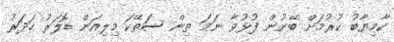
ކާމިޔާބު ކުރުމަށް ބޭނުން ފުޅުވާ ނަމަ ތިން ސަތޭކަ މިލިއަން ޑޮލަރު ހަދަރު